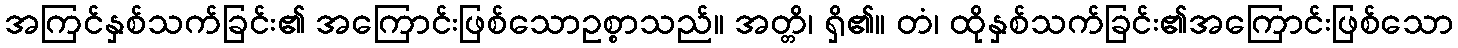
အကြင်နှစ်သက်ခြင်း၏ အကြောင်းဖြစ်သောဥစ္စာသည်။ အတ္တိ၊ ရှိ၏။ တံ၊ ထိုနှစ်သက်ခြင်း၏အကြောင်းဖြစ်သော